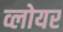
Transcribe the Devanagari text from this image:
व्लोयर